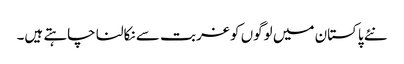
نئے پاکستان میں لوگوں کو غربت سے نکالنا چاہتے ہیں۔